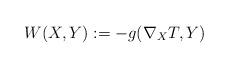
LaTeX: \begin{align*}W(X,Y):=-g( \nabla_XT,Y)\end{align*}